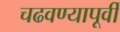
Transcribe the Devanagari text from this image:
चढवण्यापूर्वी